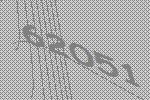
62051